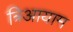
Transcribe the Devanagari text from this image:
त्रिआयाम